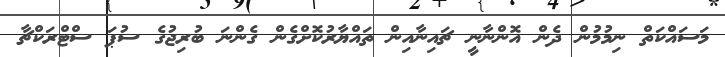
މަސައްކަތް ނިމުމުން ދެން އޮންނާނީ ޗައިނާއިން ތައްޔާރުކޮށްގެން ގެންނަ ބުރިޖުގެ ސުޕަ ސްޓްރަކްޗާ